Scientific memoirs by medical officers of the Army of India - Part VI,
Year: 1891
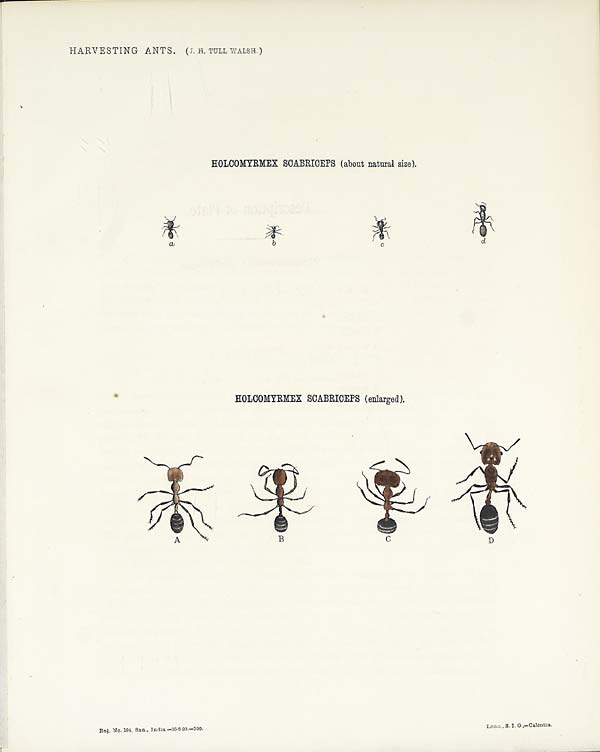
HARVESTING ANTS. (J. H. TULL WALSH.)
HOLCOMYRMEX SCABRICEPS (about natural size).
HOLCOMYRMEX SCABRICEPS (enlarged).
Reg. No. 194, San., India—26.6.90.—300.
Litho., S. I. O.,—Calcutta.